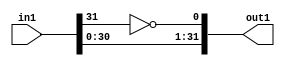
`timescale 1ps / 1ps
/*****************************************************************************
    Verilog RTL Description
    
    
    Created by: CellMath Designer 2019.1.01 
*******************************************************************************/

module DFT_compute_entirecomputation_alt3_1 (
	in1,
	out1
	); /* architecture "behavioural" */ 
input [31:0] in1;
output [31:0] out1;
wire  asc007;
wire [31:0] asc008;

assign asc007 = 
	((~in1[31]));

assign asc008 = {in1[30:0],asc007};

assign out1 = asc008;
endmodule

/* CADENCE  ubLxTA0= : u9/ySgnWtBlWxVPRXgAZ4Og= ** DO NOT EDIT THIS LINE ******/